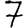
Digit: 7